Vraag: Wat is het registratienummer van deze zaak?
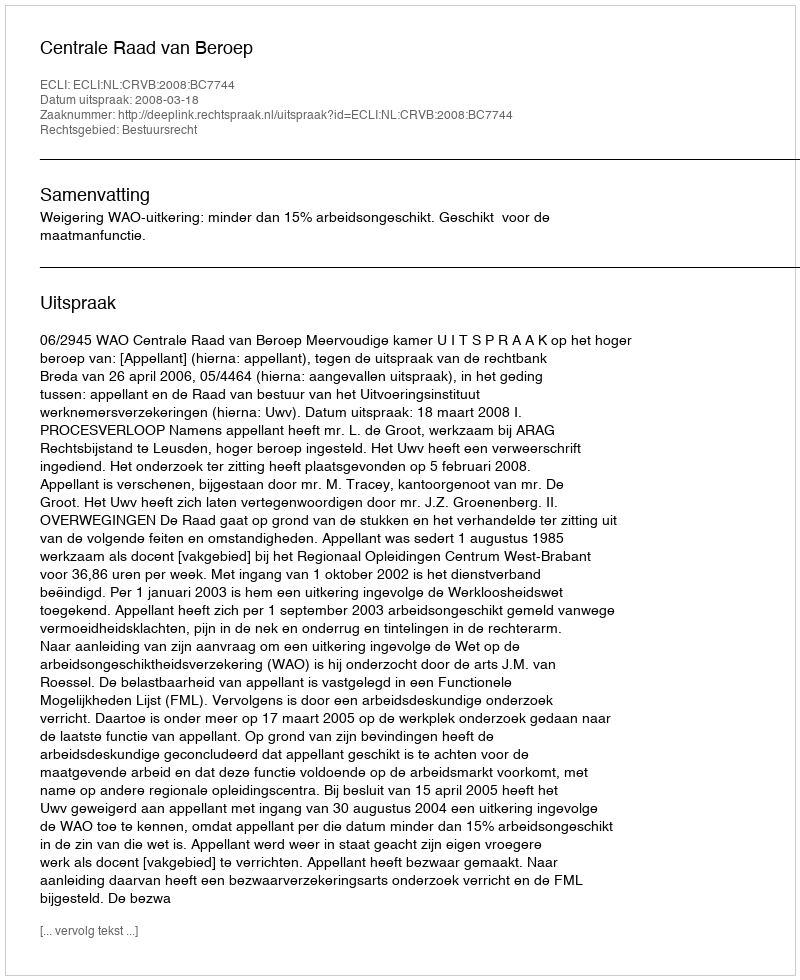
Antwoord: http://deeplink.rechtspraak.nl/uitspraak?id=ECLI:NL:CRVB:2008:BC7744